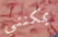
يمكنني